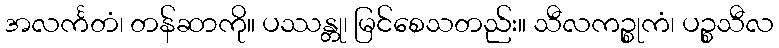
အလင်္ကတံ၊ တန်ဆာကို။ ပဿန္တု၊ မြင်စေသတည်း။ သီလကဉ္စုကံ၊ ပဉ္စသီလ